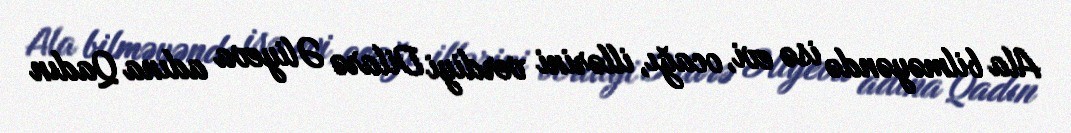
Ala bilməyəndə isə evi, ocağı, illərini verdiyi Dilarə Əliyeva adına Qadın